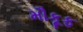
મૌકૂફ